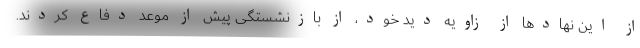
از این نهادها از زاویه دید خود، از بازنشستگی پیش از موعد دفاع کردند.